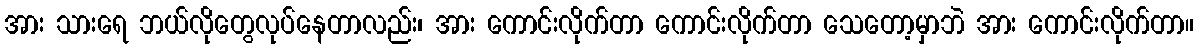
အား သားရေ ဘယ်လိုတွေလုပ်နေတာလည်း၊ အား ကောင်းလိုက်တာ ကောင်းလိုက်တာ သေတော့မှာဘဲ အား ကောင်းလိုက်တာ။